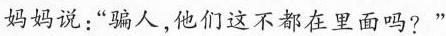
妈妈说:“骗人,他们这不都在里面吗?”